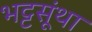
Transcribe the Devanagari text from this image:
भट्टसूंथा